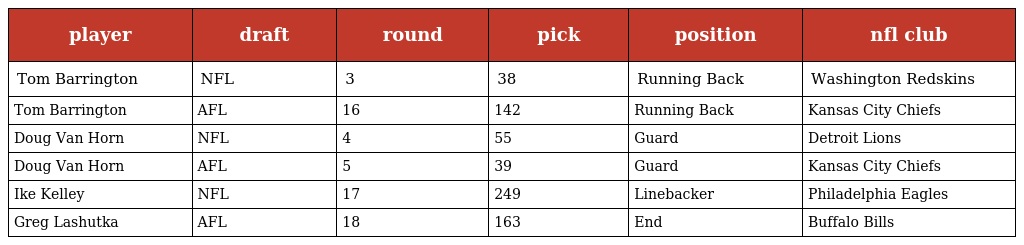
| player | draft | round | pick | position | nfl club |
 | --- | --- | --- | --- | --- | --- |
 | Tom Barrington | NFL | 3 | 38 | Running Back | Washington Redskins |
 | Tom Barrington | AFL | 16 | 142 | Running Back | Kansas City Chiefs |
 | Doug Van Horn | NFL | 4 | 55 | Guard | Detroit Lions |
 | Doug Van Horn | AFL | 5 | 39 | Guard | Kansas City Chiefs |
 | Ike Kelley | NFL | 17 | 249 | Linebacker | Philadelphia Eagles |
 | Greg Lashutka | AFL | 18 | 163 | End | Buffalo Bills |